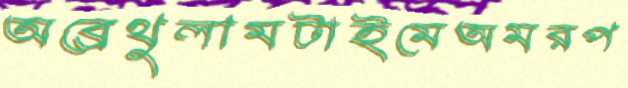
অব্রেথুলামটাইমেঅমরপ